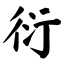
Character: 衍